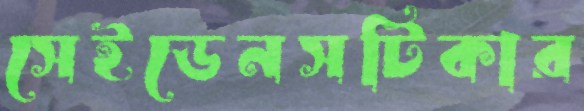
সেইডেনসটিকার